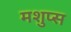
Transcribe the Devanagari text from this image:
मशुप्स